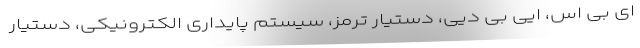
ای بی اس، ایی بی دیی، دستیار ترمز، سیستم پایداری الکترونیکی، دستیار